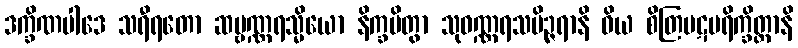
ဒက္ခိဏပါဒေ သရီရတော ဆဗ္ဗဏ္ဏရသ္မိယော နိက္ခမိတွာ သုဝဏ္ဏရသပိဉ္ဇရာနိ ဝိယ စိတြပဋပရိက္ခိတ္တာနိ